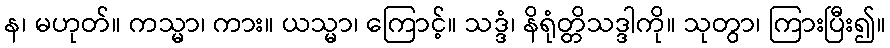
န၊ မဟုတ်။ ကသ္မာ၊ ကား။ ယသ္မာ၊ ကြောင့်။ သဒ္ဒံ၊ နိရုံတ္တိသဒ္ဒါကို။ သုတွာ၊ ကြားပြီး၍။